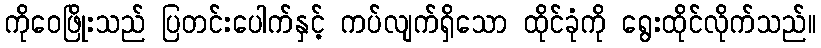
ကိုဝေဖြိုးသည် ပြတင်းပေါက်နှင့် ကပ်လျက်ရှိသော ထိုင်ခုံကို ရွေးထိုင်လိုက်သည်။